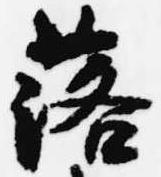
落